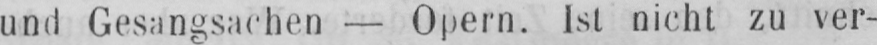
und Gesangsachen - Opern. Ist nicht zu ver-